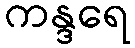
ကန္ဒရေ